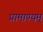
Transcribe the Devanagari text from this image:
प्रामाण्यम्